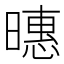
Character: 𪱇